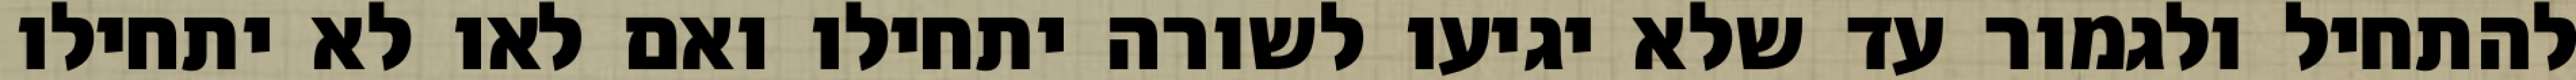
להתחיל ולגמור עד שלא יגיעו לשורה יתחילו ואם לאו לא יתחילו